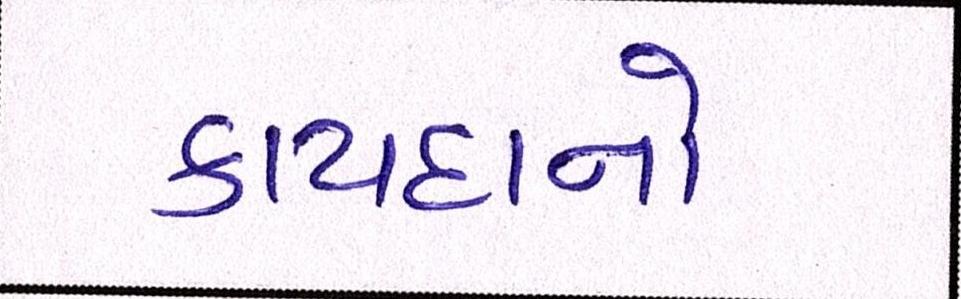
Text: કાયદાનો